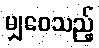
မျှဝေသည့်